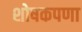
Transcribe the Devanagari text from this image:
शोषकपणा